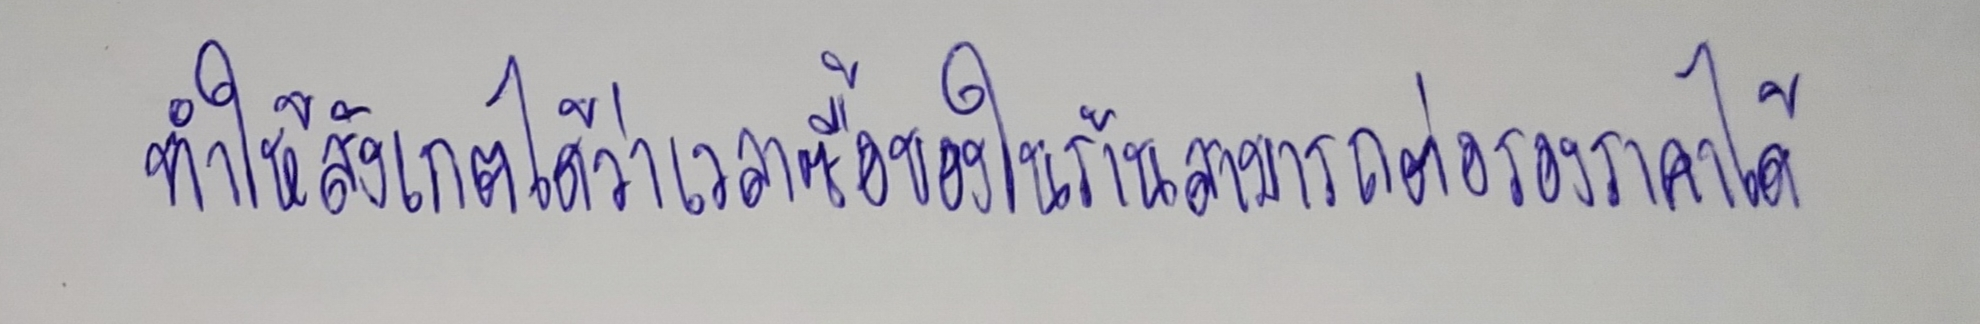
ทำให้สังเกตได้ว่าเวลาซื้อของในร้านที่สามารถต่อรองราคาได้